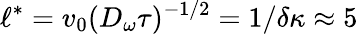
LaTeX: \ell^{*}=v_{0}(D_{\omega}\tau)^{-1/2}=1/\delta\kappa\approx 5